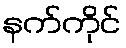
နက်ကိုင်